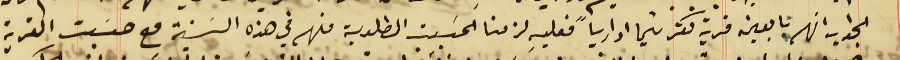
الجواب انهم تابعين قرية كفرشيما ادارياً فعليهِ لزمنا الحسَبت المطلوبة منهم في هذه السَنة مع حسَبت القرية